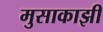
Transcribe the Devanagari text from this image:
मुसाकाझी